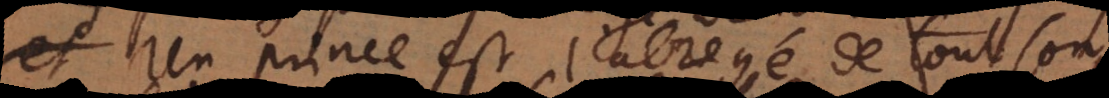
Un prince est l’abregé de tout son